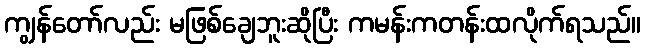
ကျွန်တော်လည်း မဖြစ်ချေဘူးဆိုပြီး ကမန်းကတန်းထလိုက်ရသည်။